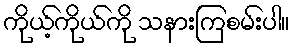
ကိုယ့်ကိုယ်ကို သနားကြစမ်းပါ။